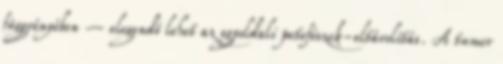
függvényében – elegendő lehet az egyoldali petefészek-eltávolítás. A tumor